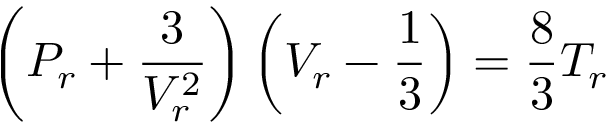
\left( P _ { r } + { \frac { 3 } { V _ { r } ^ { 2 } } } \right) \left( V _ { r } - { \frac { 1 } { 3 } } \right) = { \frac { 8 } { 3 } } T _ { r }